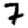
Digit: 7